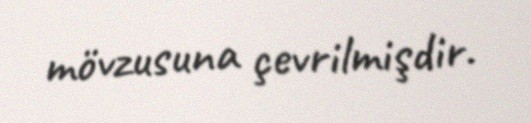
mövzusuna çevrilmişdir.